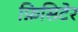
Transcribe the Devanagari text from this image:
फ़िसिटेर